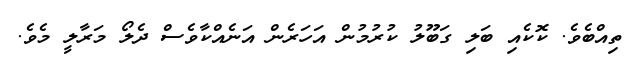
ތިއްބެވެ. ކޮކެއި ބަލި ގަބޫލު ކުރުމުން އަހަރެން އަނެއްކާވެސް ދެލޯ މަރާލީ މެވެ.